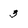
Character: 3